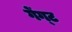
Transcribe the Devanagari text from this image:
गेंग्ट